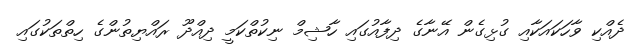
ދެއްކި ވާހަކައަކާއި ގުޅިގެން އޭނާގެ ދިފާއުގައި ހާޝިމް ނިކުތްކަމީ ދިއްދޫ ރައްޔިތުންގެ ހިތްތަކުގައި